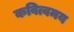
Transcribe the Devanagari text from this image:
कवित्वमय